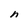
Character: n